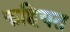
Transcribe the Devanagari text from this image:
कहियत